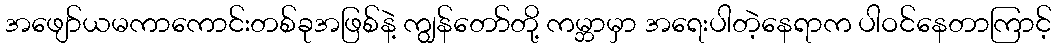
အဖျော်ယမကာကောင်းတစ်ခုအဖြစ်နဲ့ ကျွန်တော်တို့ ကမ္ဘာမှာ အရေးပါတဲ့နေရာက ပါဝင်နေတာကြာင့်